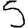
Digit: 5